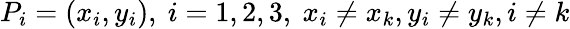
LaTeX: P_{i}=(x_{i},y_{i}),\ i=1,2,3,\ x_{i}\neq x_{k},y_{i}\neq y_{k},i\neq k